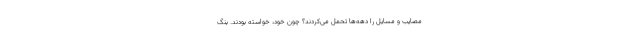
مصایب و مسایل را دهه‌ها تحمل می‌کردند؟ چون خود، خواسته بودند. بنگ